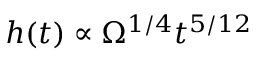
h ( t ) \propto \Omega ^ { 1 / 4 } t ^ { 5 / 1 2 }